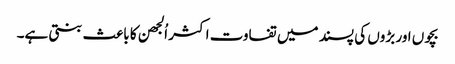
بچوں اور بڑوں کی پسند میں تفاوت اکثر اُلجھن کا باعث بنتی ہے۔